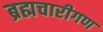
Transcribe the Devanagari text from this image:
ब्रह्मचारीगण